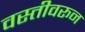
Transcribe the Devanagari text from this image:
वस्तीवरून